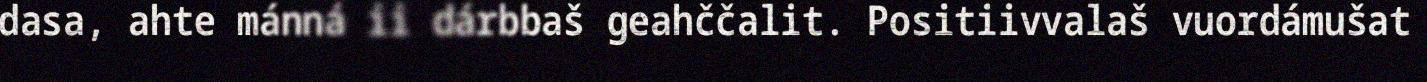
dasa, ahte mánná ii dárbbaš geahččalit. Positiivvalaš vuordámušat